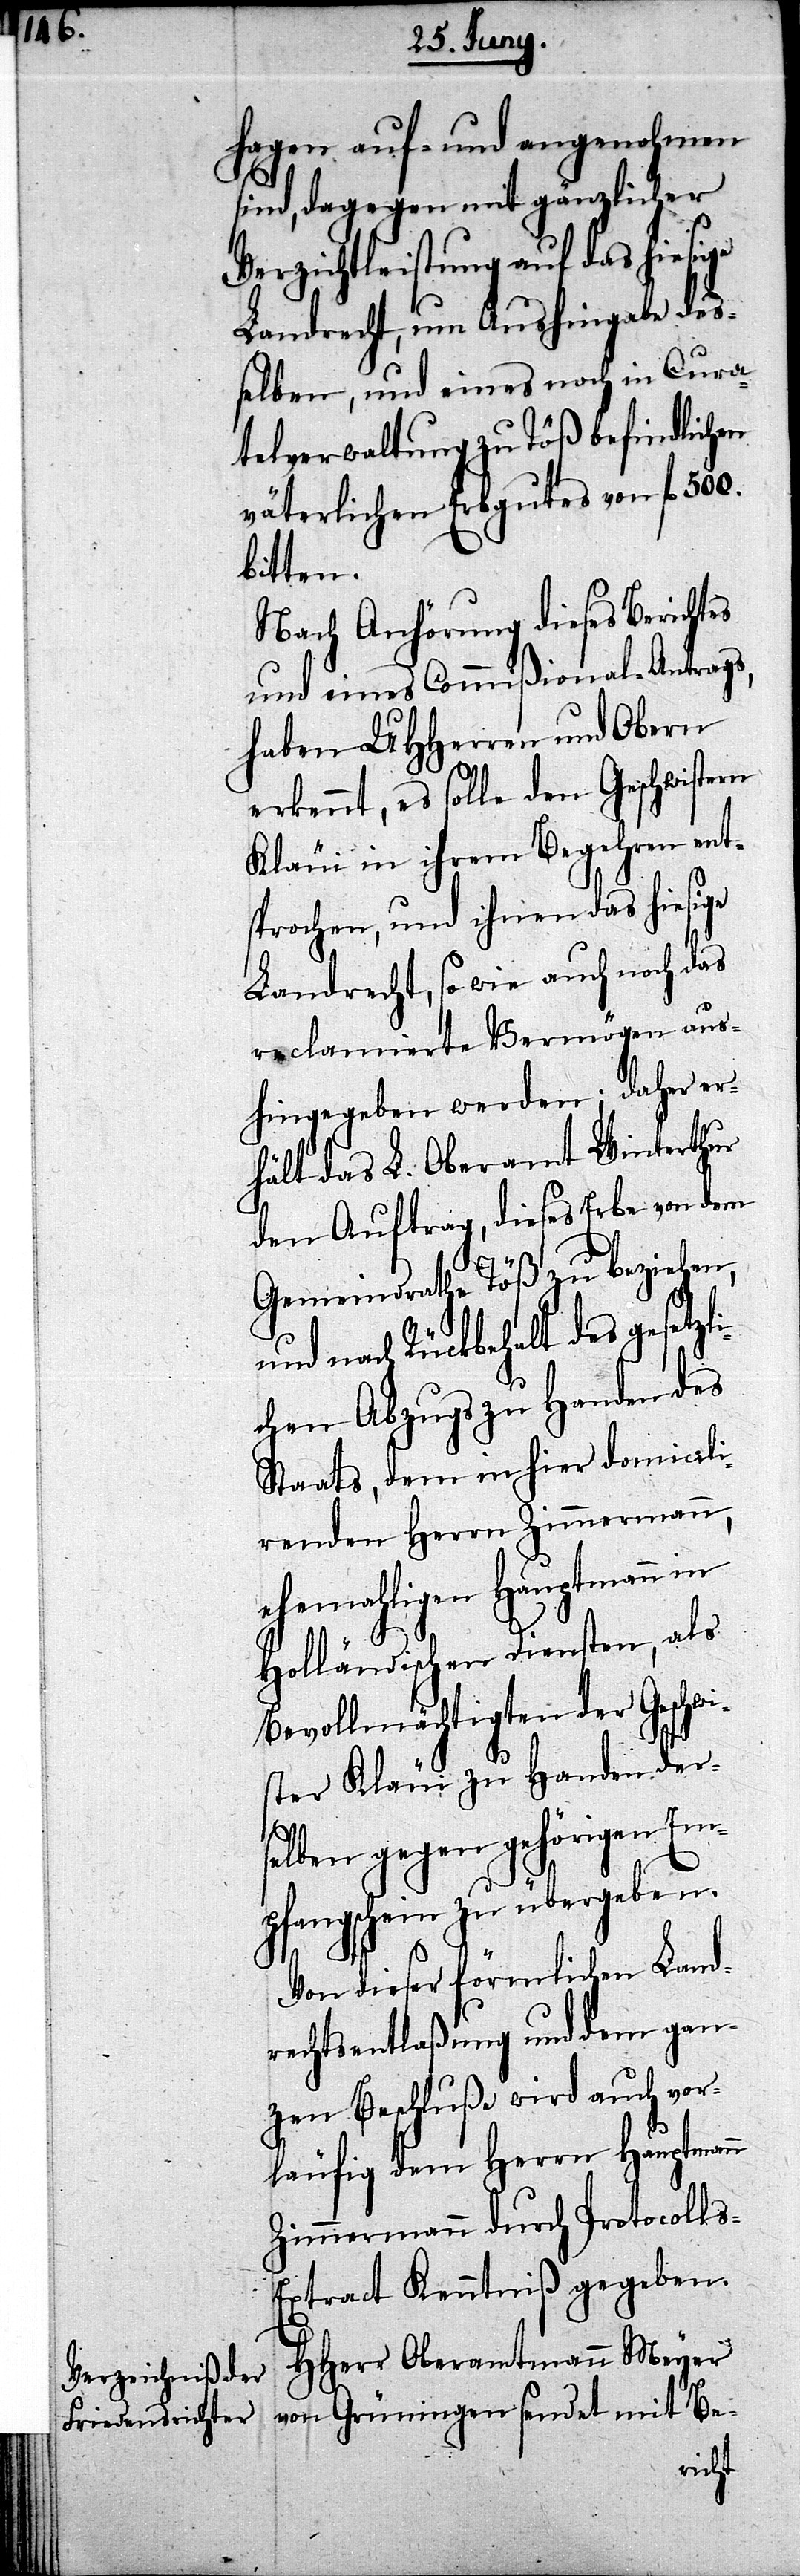
hagen auf- und angenohmen
sind, dagegen mit gänzlicher
Verzichtleistung auf das hiesige
Landrecht, um Aushingabe des¬
selben, und eines noch in Cura¬
telverwaltung zu Töß befindlichen
väterlichen Erbgutes von fl. 500.
bitten.
Nach Anhörung dieses Berichtes
und eines Commißional-Antrags,
haben UHHerren und Obern
erkennt, es solle den Geschwistern
Kläui in ihrem Begehren ent¬
sprochen, und ihnen das hiesige
Landrecht, so wie auch noch das
reclamierte Vermögen aus¬
hingegeben werden; daher er¬
hält das L. Oberamt Winterthur
den Auftrag, dieses Erbe von dem
Gemeindrathe Töß zu beziehen,
nach Rückbehalt des gesetzl¬
ichen Abzugs zu Handen des
Staats, dem inhier domicili¬
renden Herrn Zimmermann,
ehemahligen Hauptmann in
Holländischen Diensten, als
Bevollmächtigten der Geschwi¬
ster Kläui zu Handen der¬
selben gegen gehörigen Em¬
pfangschein zu übergeben.
Von dieser förmlichen Land¬
rechtsentlaßung und dem gan¬
zen Beschluße wird auch vor¬
läufig dem Herrn Hauptmann
Zimmermann durch Protocoll¬
s-Extract Kenntniß gegeben.
HHerr Oberamtmann Meyer
von Grüningen sendet mit Be-